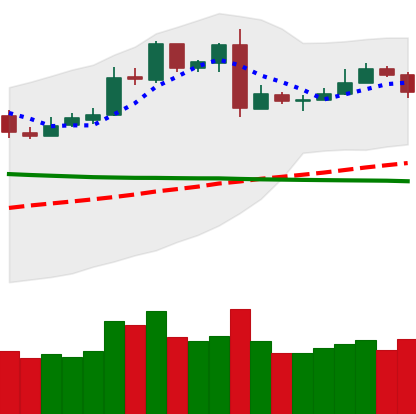
Ticker: LTC-USD
Chart end date: 2019-03-04
Forward return: 25.101%
Label: up_7plus